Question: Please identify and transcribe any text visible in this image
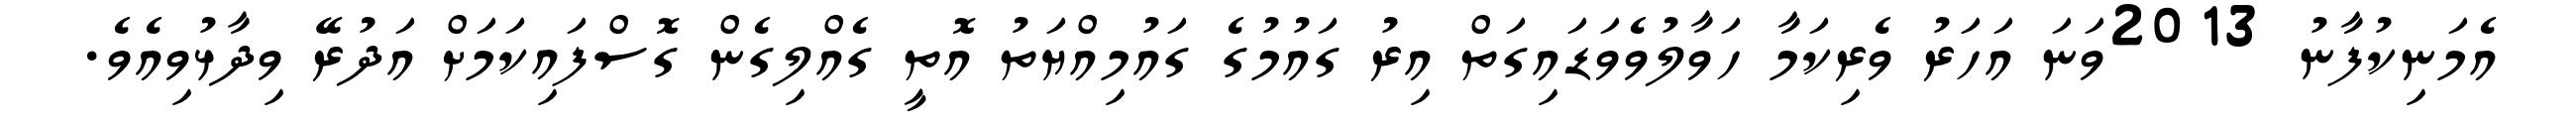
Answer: އެމަނިކުފާނު 2013ވަނަ އަހަރު ވެރިކަމާ ހަވާލުވެވަޑައިގަތް އިރު ގައުމުގެ ގައުމިއްޔަތު އޮތީ ގެއްލިގެން ގޮސްފައިކަމަށް އަދުރޭ ވިދާޅުވިއެވެ.